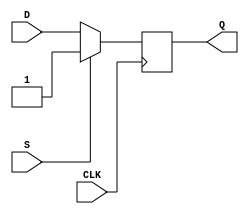
module d_ff (
    input wire D,
    input wire CLK,
    input wire S,
    output reg Q
);

always @(posedge CLK)
begin
    if (S)
        Q <= 1'b1;
    else
        Q <= D;
end

endmodule